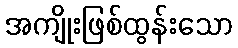
အကျိုးဖြစ်ထွန်းသော